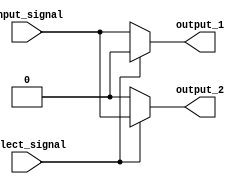
module Demultiplexer(
    input wire input_signal,
    input wire select_signal,
    output reg output_1,
    output reg output_2
);

always @ (input_signal, select_signal)
begin
    if (select_signal == 1'b0)
    begin
        output_1 = input_signal;
        output_2 = 1'b0;
    end
    else
    begin
        output_1 = 1'b0;
        output_2 = input_signal;
    end
end

endmodule